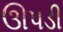
ઊપડી